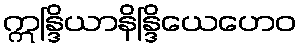
ဣန္ဒြိယာနိန္ဒြိယေဟေဝ